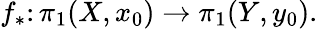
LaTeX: f_{*}\colon\pi_{1}(X,x_{0})\to\pi_{1}(Y,y_{0}).